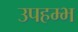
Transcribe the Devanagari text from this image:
उपहम्भ